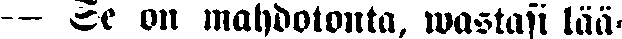
— Se on mahdotonta, wastasi laa-